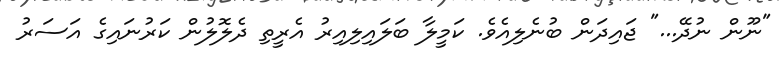
"ނޫން ނުދޭ..." ޖައިދަން ބުނެލިއެވެ. ކަމީލާ ބަލައިލިއިރު އެރީތި ދެލޮލުން ކަރުނައިގެ އަސަރު